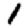
Digit: 1